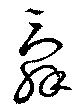
辞